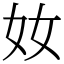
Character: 奻